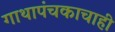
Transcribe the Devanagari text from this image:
गाथापंचकाचाही